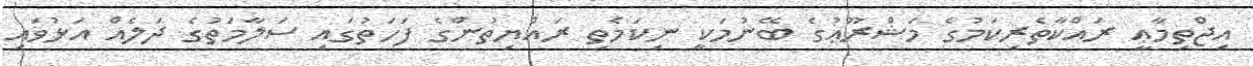
އިޖްތިމާޢީ ރައްކާތެރިކަމުގެ މަޝްރޫޢުގެ ބޭނުމަކީ ނިކަމެތި ރައްޔިތުންގެ ފަހަތުގައި ސަލާމަތުގެ ދަލެއް އަޅުވައި